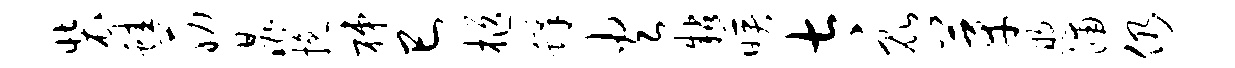
装蛙筋晁挽梯巳柩蜂火粘映太昆芽煦浦仍